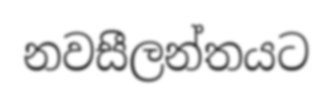
නවසීලන්තයට